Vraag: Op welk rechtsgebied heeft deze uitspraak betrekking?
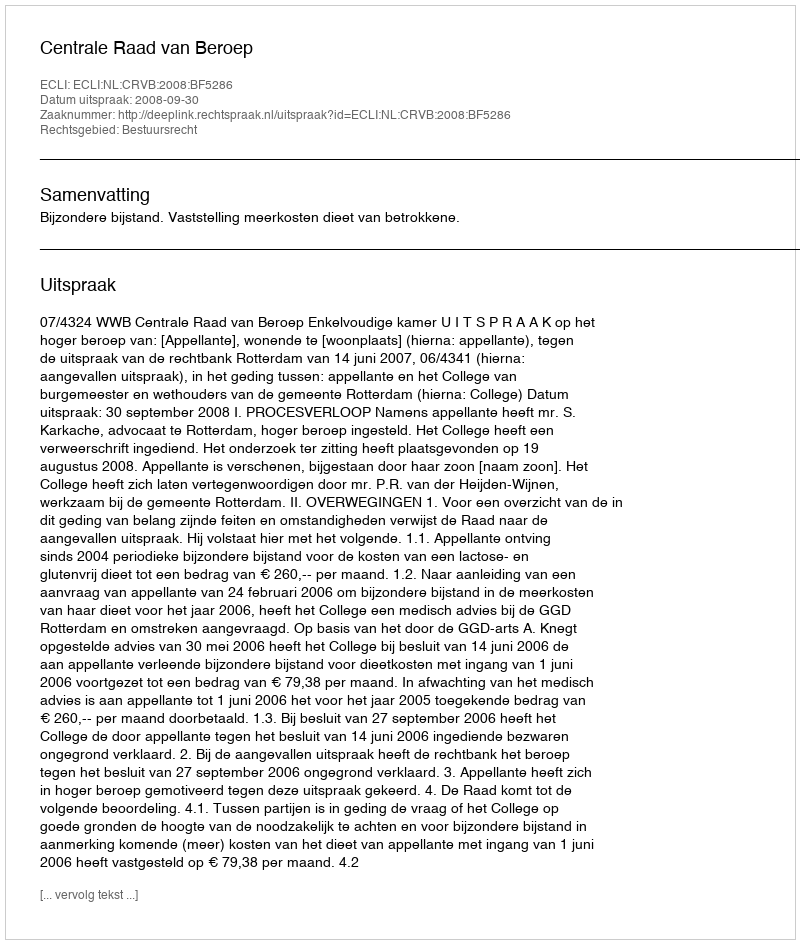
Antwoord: Bestuursrecht